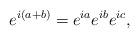
LaTeX: \begin{align*}e^{i(a+b)}=e^{ia}e^{ib}e^{ic},\end{align*}